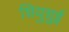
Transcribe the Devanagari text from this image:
शियुशुई